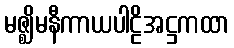
မဇ္ဈိမနီကာယပါဠိအဋ္ဌကထာ